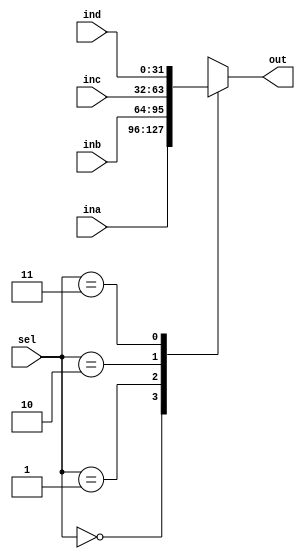
`timescale 1ns / 1ps
//////////////////////////////////////////////////////////////////////////////////
// Company: 
// Engineer: 
// 
// Design Name: 
// Module Name: mux4_1
// Project Name: 
// Target Devices: 
// Tool Versions: 
// Description: 
// 
// Dependencies: 
// 
// Revision:
// Revision 0.01 - File Created
// Additional Comments:
// 
//////////////////////////////////////////////////////////////////////////////////


module mux4_1(ina,inb,inc,ind,sel,out);
  
  input [31:0] ina,inb,inc,ind;
  input [1:0] sel;
  output reg [31:0] out;
  
  always@(ina,inb,inc,ind,sel) begin
    case(sel)
      2'b00: out = ina;
      2'b01: out = inb;
      2'b10: out = inc;
      2'b11: out = ind;
    endcase
  end

endmodule